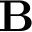
\mathbf { B }